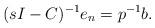
LaTeX: \begin{align*} (sI-C)^{-1} e_n = p^{-1} b. \end{align*}